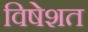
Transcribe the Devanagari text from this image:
विषेशत